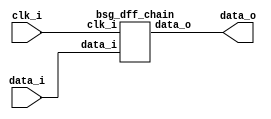


module top
(
  clk_i,
  data_i,
  data_o
);

  input [15:0] data_i;
  output [15:0] data_o;
  input clk_i;

  bsg_dff_chain
  wrapper
  (
    .data_i(data_i),
    .data_o(data_o),
    .clk_i(clk_i)
  );


endmodule



module bsg_dff_width_p16
(
  clk_i,
  data_i,
  data_o
);

  input [15:0] data_i;
  output [15:0] data_o;
  input clk_i;
  reg [15:0] data_o;

  always @(posedge clk_i) begin
    if(1'b1) begin
      { data_o[15:0] } <= { data_i[15:0] };
    end 
  end


endmodule



module bsg_dff_chain
(
  clk_i,
  data_i,
  data_o
);

  input [15:0] data_i;
  output [15:0] data_o;
  input clk_i;
  wire [15:0] data_o;
  wire chained_data_delayed_15__15_,chained_data_delayed_15__14_,
  chained_data_delayed_15__13_,chained_data_delayed_15__12_,chained_data_delayed_15__11_,
  chained_data_delayed_15__10_,chained_data_delayed_15__9_,chained_data_delayed_15__8_,
  chained_data_delayed_15__7_,chained_data_delayed_15__6_,chained_data_delayed_15__5_,
  chained_data_delayed_15__4_,chained_data_delayed_15__3_,chained_data_delayed_15__2_,
  chained_data_delayed_15__1_,chained_data_delayed_15__0_,
  chained_data_delayed_14__15_,chained_data_delayed_14__14_,chained_data_delayed_14__13_,
  chained_data_delayed_14__12_,chained_data_delayed_14__11_,chained_data_delayed_14__10_,
  chained_data_delayed_14__9_,chained_data_delayed_14__8_,chained_data_delayed_14__7_,
  chained_data_delayed_14__6_,chained_data_delayed_14__5_,chained_data_delayed_14__4_,
  chained_data_delayed_14__3_,chained_data_delayed_14__2_,chained_data_delayed_14__1_,
  chained_data_delayed_14__0_,chained_data_delayed_13__15_,
  chained_data_delayed_13__14_,chained_data_delayed_13__13_,chained_data_delayed_13__12_,
  chained_data_delayed_13__11_,chained_data_delayed_13__10_,chained_data_delayed_13__9_,
  chained_data_delayed_13__8_,chained_data_delayed_13__7_,chained_data_delayed_13__6_,
  chained_data_delayed_13__5_,chained_data_delayed_13__4_,chained_data_delayed_13__3_,
  chained_data_delayed_13__2_,chained_data_delayed_13__1_,
  chained_data_delayed_13__0_,chained_data_delayed_12__15_,chained_data_delayed_12__14_,
  chained_data_delayed_12__13_,chained_data_delayed_12__12_,chained_data_delayed_12__11_,
  chained_data_delayed_12__10_,chained_data_delayed_12__9_,chained_data_delayed_12__8_,
  chained_data_delayed_12__7_,chained_data_delayed_12__6_,chained_data_delayed_12__5_,
  chained_data_delayed_12__4_,chained_data_delayed_12__3_,chained_data_delayed_12__2_,
  chained_data_delayed_12__1_,chained_data_delayed_12__0_,
  chained_data_delayed_11__15_,chained_data_delayed_11__14_,chained_data_delayed_11__13_,
  chained_data_delayed_11__12_,chained_data_delayed_11__11_,chained_data_delayed_11__10_,
  chained_data_delayed_11__9_,chained_data_delayed_11__8_,chained_data_delayed_11__7_,
  chained_data_delayed_11__6_,chained_data_delayed_11__5_,chained_data_delayed_11__4_,
  chained_data_delayed_11__3_,chained_data_delayed_11__2_,
  chained_data_delayed_11__1_,chained_data_delayed_11__0_,chained_data_delayed_10__15_,
  chained_data_delayed_10__14_,chained_data_delayed_10__13_,chained_data_delayed_10__12_,
  chained_data_delayed_10__11_,chained_data_delayed_10__10_,chained_data_delayed_10__9_,
  chained_data_delayed_10__8_,chained_data_delayed_10__7_,chained_data_delayed_10__6_,
  chained_data_delayed_10__5_,chained_data_delayed_10__4_,chained_data_delayed_10__3_,
  chained_data_delayed_10__2_,chained_data_delayed_10__1_,
  chained_data_delayed_10__0_,chained_data_delayed_9__15_,chained_data_delayed_9__14_,
  chained_data_delayed_9__13_,chained_data_delayed_9__12_,chained_data_delayed_9__11_,
  chained_data_delayed_9__10_,chained_data_delayed_9__9_,chained_data_delayed_9__8_,
  chained_data_delayed_9__7_,chained_data_delayed_9__6_,chained_data_delayed_9__5_,
  chained_data_delayed_9__4_,chained_data_delayed_9__3_,chained_data_delayed_9__2_,
  chained_data_delayed_9__1_,chained_data_delayed_9__0_,chained_data_delayed_8__15_,
  chained_data_delayed_8__14_,chained_data_delayed_8__13_,chained_data_delayed_8__12_,
  chained_data_delayed_8__11_,chained_data_delayed_8__10_,chained_data_delayed_8__9_,
  chained_data_delayed_8__8_,chained_data_delayed_8__7_,chained_data_delayed_8__6_,
  chained_data_delayed_8__5_,chained_data_delayed_8__4_,chained_data_delayed_8__3_,
  chained_data_delayed_8__2_,chained_data_delayed_8__1_,chained_data_delayed_8__0_,
  chained_data_delayed_7__15_,chained_data_delayed_7__14_,
  chained_data_delayed_7__13_,chained_data_delayed_7__12_,chained_data_delayed_7__11_,
  chained_data_delayed_7__10_,chained_data_delayed_7__9_,chained_data_delayed_7__8_,
  chained_data_delayed_7__7_,chained_data_delayed_7__6_,chained_data_delayed_7__5_,
  chained_data_delayed_7__4_,chained_data_delayed_7__3_,chained_data_delayed_7__2_,
  chained_data_delayed_7__1_,chained_data_delayed_7__0_,chained_data_delayed_6__15_,
  chained_data_delayed_6__14_,chained_data_delayed_6__13_,chained_data_delayed_6__12_,
  chained_data_delayed_6__11_,chained_data_delayed_6__10_,chained_data_delayed_6__9_,
  chained_data_delayed_6__8_,chained_data_delayed_6__7_,chained_data_delayed_6__6_,
  chained_data_delayed_6__5_,chained_data_delayed_6__4_,chained_data_delayed_6__3_,
  chained_data_delayed_6__2_,chained_data_delayed_6__1_,chained_data_delayed_6__0_,
  chained_data_delayed_5__15_,chained_data_delayed_5__14_,chained_data_delayed_5__13_,
  chained_data_delayed_5__12_,chained_data_delayed_5__11_,
  chained_data_delayed_5__10_,chained_data_delayed_5__9_,chained_data_delayed_5__8_,
  chained_data_delayed_5__7_,chained_data_delayed_5__6_,chained_data_delayed_5__5_,
  chained_data_delayed_5__4_,chained_data_delayed_5__3_,chained_data_delayed_5__2_,
  chained_data_delayed_5__1_,chained_data_delayed_5__0_,chained_data_delayed_4__15_,
  chained_data_delayed_4__14_,chained_data_delayed_4__13_,chained_data_delayed_4__12_,
  chained_data_delayed_4__11_,chained_data_delayed_4__10_,chained_data_delayed_4__9_,
  chained_data_delayed_4__8_,chained_data_delayed_4__7_,chained_data_delayed_4__6_,
  chained_data_delayed_4__5_,chained_data_delayed_4__4_,chained_data_delayed_4__3_,
  chained_data_delayed_4__2_,chained_data_delayed_4__1_,chained_data_delayed_4__0_,
  chained_data_delayed_3__15_,chained_data_delayed_3__14_,chained_data_delayed_3__13_,
  chained_data_delayed_3__12_,chained_data_delayed_3__11_,chained_data_delayed_3__10_,
  chained_data_delayed_3__9_,chained_data_delayed_3__8_,
  chained_data_delayed_3__7_,chained_data_delayed_3__6_,chained_data_delayed_3__5_,
  chained_data_delayed_3__4_,chained_data_delayed_3__3_,chained_data_delayed_3__2_,
  chained_data_delayed_3__1_,chained_data_delayed_3__0_,chained_data_delayed_2__15_,
  chained_data_delayed_2__14_,chained_data_delayed_2__13_,chained_data_delayed_2__12_,
  chained_data_delayed_2__11_,chained_data_delayed_2__10_,chained_data_delayed_2__9_,
  chained_data_delayed_2__8_,chained_data_delayed_2__7_,chained_data_delayed_2__6_,
  chained_data_delayed_2__5_,chained_data_delayed_2__4_,chained_data_delayed_2__3_,
  chained_data_delayed_2__2_,chained_data_delayed_2__1_,chained_data_delayed_2__0_,
  chained_data_delayed_1__15_,chained_data_delayed_1__14_,chained_data_delayed_1__13_,
  chained_data_delayed_1__12_,chained_data_delayed_1__11_,chained_data_delayed_1__10_,
  chained_data_delayed_1__9_,chained_data_delayed_1__8_,chained_data_delayed_1__7_,
  chained_data_delayed_1__6_,chained_data_delayed_1__5_,chained_data_delayed_1__4_,
  chained_data_delayed_1__3_,chained_data_delayed_1__2_,chained_data_delayed_1__1_,
  chained_data_delayed_1__0_;

  bsg_dff_width_p16
  chained_genblk1_1__ch_reg
  (
    .clk_i(clk_i),
    .data_i(data_i),
    .data_o({ chained_data_delayed_1__15_, chained_data_delayed_1__14_, chained_data_delayed_1__13_, chained_data_delayed_1__12_, chained_data_delayed_1__11_, chained_data_delayed_1__10_, chained_data_delayed_1__9_, chained_data_delayed_1__8_, chained_data_delayed_1__7_, chained_data_delayed_1__6_, chained_data_delayed_1__5_, chained_data_delayed_1__4_, chained_data_delayed_1__3_, chained_data_delayed_1__2_, chained_data_delayed_1__1_, chained_data_delayed_1__0_ })
  );


  bsg_dff_width_p16
  chained_genblk1_2__ch_reg
  (
    .clk_i(clk_i),
    .data_i({ chained_data_delayed_1__15_, chained_data_delayed_1__14_, chained_data_delayed_1__13_, chained_data_delayed_1__12_, chained_data_delayed_1__11_, chained_data_delayed_1__10_, chained_data_delayed_1__9_, chained_data_delayed_1__8_, chained_data_delayed_1__7_, chained_data_delayed_1__6_, chained_data_delayed_1__5_, chained_data_delayed_1__4_, chained_data_delayed_1__3_, chained_data_delayed_1__2_, chained_data_delayed_1__1_, chained_data_delayed_1__0_ }),
    .data_o({ chained_data_delayed_2__15_, chained_data_delayed_2__14_, chained_data_delayed_2__13_, chained_data_delayed_2__12_, chained_data_delayed_2__11_, chained_data_delayed_2__10_, chained_data_delayed_2__9_, chained_data_delayed_2__8_, chained_data_delayed_2__7_, chained_data_delayed_2__6_, chained_data_delayed_2__5_, chained_data_delayed_2__4_, chained_data_delayed_2__3_, chained_data_delayed_2__2_, chained_data_delayed_2__1_, chained_data_delayed_2__0_ })
  );


  bsg_dff_width_p16
  chained_genblk1_3__ch_reg
  (
    .clk_i(clk_i),
    .data_i({ chained_data_delayed_2__15_, chained_data_delayed_2__14_, chained_data_delayed_2__13_, chained_data_delayed_2__12_, chained_data_delayed_2__11_, chained_data_delayed_2__10_, chained_data_delayed_2__9_, chained_data_delayed_2__8_, chained_data_delayed_2__7_, chained_data_delayed_2__6_, chained_data_delayed_2__5_, chained_data_delayed_2__4_, chained_data_delayed_2__3_, chained_data_delayed_2__2_, chained_data_delayed_2__1_, chained_data_delayed_2__0_ }),
    .data_o({ chained_data_delayed_3__15_, chained_data_delayed_3__14_, chained_data_delayed_3__13_, chained_data_delayed_3__12_, chained_data_delayed_3__11_, chained_data_delayed_3__10_, chained_data_delayed_3__9_, chained_data_delayed_3__8_, chained_data_delayed_3__7_, chained_data_delayed_3__6_, chained_data_delayed_3__5_, chained_data_delayed_3__4_, chained_data_delayed_3__3_, chained_data_delayed_3__2_, chained_data_delayed_3__1_, chained_data_delayed_3__0_ })
  );


  bsg_dff_width_p16
  chained_genblk1_4__ch_reg
  (
    .clk_i(clk_i),
    .data_i({ chained_data_delayed_3__15_, chained_data_delayed_3__14_, chained_data_delayed_3__13_, chained_data_delayed_3__12_, chained_data_delayed_3__11_, chained_data_delayed_3__10_, chained_data_delayed_3__9_, chained_data_delayed_3__8_, chained_data_delayed_3__7_, chained_data_delayed_3__6_, chained_data_delayed_3__5_, chained_data_delayed_3__4_, chained_data_delayed_3__3_, chained_data_delayed_3__2_, chained_data_delayed_3__1_, chained_data_delayed_3__0_ }),
    .data_o({ chained_data_delayed_4__15_, chained_data_delayed_4__14_, chained_data_delayed_4__13_, chained_data_delayed_4__12_, chained_data_delayed_4__11_, chained_data_delayed_4__10_, chained_data_delayed_4__9_, chained_data_delayed_4__8_, chained_data_delayed_4__7_, chained_data_delayed_4__6_, chained_data_delayed_4__5_, chained_data_delayed_4__4_, chained_data_delayed_4__3_, chained_data_delayed_4__2_, chained_data_delayed_4__1_, chained_data_delayed_4__0_ })
  );


  bsg_dff_width_p16
  chained_genblk1_5__ch_reg
  (
    .clk_i(clk_i),
    .data_i({ chained_data_delayed_4__15_, chained_data_delayed_4__14_, chained_data_delayed_4__13_, chained_data_delayed_4__12_, chained_data_delayed_4__11_, chained_data_delayed_4__10_, chained_data_delayed_4__9_, chained_data_delayed_4__8_, chained_data_delayed_4__7_, chained_data_delayed_4__6_, chained_data_delayed_4__5_, chained_data_delayed_4__4_, chained_data_delayed_4__3_, chained_data_delayed_4__2_, chained_data_delayed_4__1_, chained_data_delayed_4__0_ }),
    .data_o({ chained_data_delayed_5__15_, chained_data_delayed_5__14_, chained_data_delayed_5__13_, chained_data_delayed_5__12_, chained_data_delayed_5__11_, chained_data_delayed_5__10_, chained_data_delayed_5__9_, chained_data_delayed_5__8_, chained_data_delayed_5__7_, chained_data_delayed_5__6_, chained_data_delayed_5__5_, chained_data_delayed_5__4_, chained_data_delayed_5__3_, chained_data_delayed_5__2_, chained_data_delayed_5__1_, chained_data_delayed_5__0_ })
  );


  bsg_dff_width_p16
  chained_genblk1_6__ch_reg
  (
    .clk_i(clk_i),
    .data_i({ chained_data_delayed_5__15_, chained_data_delayed_5__14_, chained_data_delayed_5__13_, chained_data_delayed_5__12_, chained_data_delayed_5__11_, chained_data_delayed_5__10_, chained_data_delayed_5__9_, chained_data_delayed_5__8_, chained_data_delayed_5__7_, chained_data_delayed_5__6_, chained_data_delayed_5__5_, chained_data_delayed_5__4_, chained_data_delayed_5__3_, chained_data_delayed_5__2_, chained_data_delayed_5__1_, chained_data_delayed_5__0_ }),
    .data_o({ chained_data_delayed_6__15_, chained_data_delayed_6__14_, chained_data_delayed_6__13_, chained_data_delayed_6__12_, chained_data_delayed_6__11_, chained_data_delayed_6__10_, chained_data_delayed_6__9_, chained_data_delayed_6__8_, chained_data_delayed_6__7_, chained_data_delayed_6__6_, chained_data_delayed_6__5_, chained_data_delayed_6__4_, chained_data_delayed_6__3_, chained_data_delayed_6__2_, chained_data_delayed_6__1_, chained_data_delayed_6__0_ })
  );


  bsg_dff_width_p16
  chained_genblk1_7__ch_reg
  (
    .clk_i(clk_i),
    .data_i({ chained_data_delayed_6__15_, chained_data_delayed_6__14_, chained_data_delayed_6__13_, chained_data_delayed_6__12_, chained_data_delayed_6__11_, chained_data_delayed_6__10_, chained_data_delayed_6__9_, chained_data_delayed_6__8_, chained_data_delayed_6__7_, chained_data_delayed_6__6_, chained_data_delayed_6__5_, chained_data_delayed_6__4_, chained_data_delayed_6__3_, chained_data_delayed_6__2_, chained_data_delayed_6__1_, chained_data_delayed_6__0_ }),
    .data_o({ chained_data_delayed_7__15_, chained_data_delayed_7__14_, chained_data_delayed_7__13_, chained_data_delayed_7__12_, chained_data_delayed_7__11_, chained_data_delayed_7__10_, chained_data_delayed_7__9_, chained_data_delayed_7__8_, chained_data_delayed_7__7_, chained_data_delayed_7__6_, chained_data_delayed_7__5_, chained_data_delayed_7__4_, chained_data_delayed_7__3_, chained_data_delayed_7__2_, chained_data_delayed_7__1_, chained_data_delayed_7__0_ })
  );


  bsg_dff_width_p16
  chained_genblk1_8__ch_reg
  (
    .clk_i(clk_i),
    .data_i({ chained_data_delayed_7__15_, chained_data_delayed_7__14_, chained_data_delayed_7__13_, chained_data_delayed_7__12_, chained_data_delayed_7__11_, chained_data_delayed_7__10_, chained_data_delayed_7__9_, chained_data_delayed_7__8_, chained_data_delayed_7__7_, chained_data_delayed_7__6_, chained_data_delayed_7__5_, chained_data_delayed_7__4_, chained_data_delayed_7__3_, chained_data_delayed_7__2_, chained_data_delayed_7__1_, chained_data_delayed_7__0_ }),
    .data_o({ chained_data_delayed_8__15_, chained_data_delayed_8__14_, chained_data_delayed_8__13_, chained_data_delayed_8__12_, chained_data_delayed_8__11_, chained_data_delayed_8__10_, chained_data_delayed_8__9_, chained_data_delayed_8__8_, chained_data_delayed_8__7_, chained_data_delayed_8__6_, chained_data_delayed_8__5_, chained_data_delayed_8__4_, chained_data_delayed_8__3_, chained_data_delayed_8__2_, chained_data_delayed_8__1_, chained_data_delayed_8__0_ })
  );


  bsg_dff_width_p16
  chained_genblk1_9__ch_reg
  (
    .clk_i(clk_i),
    .data_i({ chained_data_delayed_8__15_, chained_data_delayed_8__14_, chained_data_delayed_8__13_, chained_data_delayed_8__12_, chained_data_delayed_8__11_, chained_data_delayed_8__10_, chained_data_delayed_8__9_, chained_data_delayed_8__8_, chained_data_delayed_8__7_, chained_data_delayed_8__6_, chained_data_delayed_8__5_, chained_data_delayed_8__4_, chained_data_delayed_8__3_, chained_data_delayed_8__2_, chained_data_delayed_8__1_, chained_data_delayed_8__0_ }),
    .data_o({ chained_data_delayed_9__15_, chained_data_delayed_9__14_, chained_data_delayed_9__13_, chained_data_delayed_9__12_, chained_data_delayed_9__11_, chained_data_delayed_9__10_, chained_data_delayed_9__9_, chained_data_delayed_9__8_, chained_data_delayed_9__7_, chained_data_delayed_9__6_, chained_data_delayed_9__5_, chained_data_delayed_9__4_, chained_data_delayed_9__3_, chained_data_delayed_9__2_, chained_data_delayed_9__1_, chained_data_delayed_9__0_ })
  );


  bsg_dff_width_p16
  chained_genblk1_10__ch_reg
  (
    .clk_i(clk_i),
    .data_i({ chained_data_delayed_9__15_, chained_data_delayed_9__14_, chained_data_delayed_9__13_, chained_data_delayed_9__12_, chained_data_delayed_9__11_, chained_data_delayed_9__10_, chained_data_delayed_9__9_, chained_data_delayed_9__8_, chained_data_delayed_9__7_, chained_data_delayed_9__6_, chained_data_delayed_9__5_, chained_data_delayed_9__4_, chained_data_delayed_9__3_, chained_data_delayed_9__2_, chained_data_delayed_9__1_, chained_data_delayed_9__0_ }),
    .data_o({ chained_data_delayed_10__15_, chained_data_delayed_10__14_, chained_data_delayed_10__13_, chained_data_delayed_10__12_, chained_data_delayed_10__11_, chained_data_delayed_10__10_, chained_data_delayed_10__9_, chained_data_delayed_10__8_, chained_data_delayed_10__7_, chained_data_delayed_10__6_, chained_data_delayed_10__5_, chained_data_delayed_10__4_, chained_data_delayed_10__3_, chained_data_delayed_10__2_, chained_data_delayed_10__1_, chained_data_delayed_10__0_ })
  );


  bsg_dff_width_p16
  chained_genblk1_11__ch_reg
  (
    .clk_i(clk_i),
    .data_i({ chained_data_delayed_10__15_, chained_data_delayed_10__14_, chained_data_delayed_10__13_, chained_data_delayed_10__12_, chained_data_delayed_10__11_, chained_data_delayed_10__10_, chained_data_delayed_10__9_, chained_data_delayed_10__8_, chained_data_delayed_10__7_, chained_data_delayed_10__6_, chained_data_delayed_10__5_, chained_data_delayed_10__4_, chained_data_delayed_10__3_, chained_data_delayed_10__2_, chained_data_delayed_10__1_, chained_data_delayed_10__0_ }),
    .data_o({ chained_data_delayed_11__15_, chained_data_delayed_11__14_, chained_data_delayed_11__13_, chained_data_delayed_11__12_, chained_data_delayed_11__11_, chained_data_delayed_11__10_, chained_data_delayed_11__9_, chained_data_delayed_11__8_, chained_data_delayed_11__7_, chained_data_delayed_11__6_, chained_data_delayed_11__5_, chained_data_delayed_11__4_, chained_data_delayed_11__3_, chained_data_delayed_11__2_, chained_data_delayed_11__1_, chained_data_delayed_11__0_ })
  );


  bsg_dff_width_p16
  chained_genblk1_12__ch_reg
  (
    .clk_i(clk_i),
    .data_i({ chained_data_delayed_11__15_, chained_data_delayed_11__14_, chained_data_delayed_11__13_, chained_data_delayed_11__12_, chained_data_delayed_11__11_, chained_data_delayed_11__10_, chained_data_delayed_11__9_, chained_data_delayed_11__8_, chained_data_delayed_11__7_, chained_data_delayed_11__6_, chained_data_delayed_11__5_, chained_data_delayed_11__4_, chained_data_delayed_11__3_, chained_data_delayed_11__2_, chained_data_delayed_11__1_, chained_data_delayed_11__0_ }),
    .data_o({ chained_data_delayed_12__15_, chained_data_delayed_12__14_, chained_data_delayed_12__13_, chained_data_delayed_12__12_, chained_data_delayed_12__11_, chained_data_delayed_12__10_, chained_data_delayed_12__9_, chained_data_delayed_12__8_, chained_data_delayed_12__7_, chained_data_delayed_12__6_, chained_data_delayed_12__5_, chained_data_delayed_12__4_, chained_data_delayed_12__3_, chained_data_delayed_12__2_, chained_data_delayed_12__1_, chained_data_delayed_12__0_ })
  );


  bsg_dff_width_p16
  chained_genblk1_13__ch_reg
  (
    .clk_i(clk_i),
    .data_i({ chained_data_delayed_12__15_, chained_data_delayed_12__14_, chained_data_delayed_12__13_, chained_data_delayed_12__12_, chained_data_delayed_12__11_, chained_data_delayed_12__10_, chained_data_delayed_12__9_, chained_data_delayed_12__8_, chained_data_delayed_12__7_, chained_data_delayed_12__6_, chained_data_delayed_12__5_, chained_data_delayed_12__4_, chained_data_delayed_12__3_, chained_data_delayed_12__2_, chained_data_delayed_12__1_, chained_data_delayed_12__0_ }),
    .data_o({ chained_data_delayed_13__15_, chained_data_delayed_13__14_, chained_data_delayed_13__13_, chained_data_delayed_13__12_, chained_data_delayed_13__11_, chained_data_delayed_13__10_, chained_data_delayed_13__9_, chained_data_delayed_13__8_, chained_data_delayed_13__7_, chained_data_delayed_13__6_, chained_data_delayed_13__5_, chained_data_delayed_13__4_, chained_data_delayed_13__3_, chained_data_delayed_13__2_, chained_data_delayed_13__1_, chained_data_delayed_13__0_ })
  );


  bsg_dff_width_p16
  chained_genblk1_14__ch_reg
  (
    .clk_i(clk_i),
    .data_i({ chained_data_delayed_13__15_, chained_data_delayed_13__14_, chained_data_delayed_13__13_, chained_data_delayed_13__12_, chained_data_delayed_13__11_, chained_data_delayed_13__10_, chained_data_delayed_13__9_, chained_data_delayed_13__8_, chained_data_delayed_13__7_, chained_data_delayed_13__6_, chained_data_delayed_13__5_, chained_data_delayed_13__4_, chained_data_delayed_13__3_, chained_data_delayed_13__2_, chained_data_delayed_13__1_, chained_data_delayed_13__0_ }),
    .data_o({ chained_data_delayed_14__15_, chained_data_delayed_14__14_, chained_data_delayed_14__13_, chained_data_delayed_14__12_, chained_data_delayed_14__11_, chained_data_delayed_14__10_, chained_data_delayed_14__9_, chained_data_delayed_14__8_, chained_data_delayed_14__7_, chained_data_delayed_14__6_, chained_data_delayed_14__5_, chained_data_delayed_14__4_, chained_data_delayed_14__3_, chained_data_delayed_14__2_, chained_data_delayed_14__1_, chained_data_delayed_14__0_ })
  );


  bsg_dff_width_p16
  chained_genblk1_15__ch_reg
  (
    .clk_i(clk_i),
    .data_i({ chained_data_delayed_14__15_, chained_data_delayed_14__14_, chained_data_delayed_14__13_, chained_data_delayed_14__12_, chained_data_delayed_14__11_, chained_data_delayed_14__10_, chained_data_delayed_14__9_, chained_data_delayed_14__8_, chained_data_delayed_14__7_, chained_data_delayed_14__6_, chained_data_delayed_14__5_, chained_data_delayed_14__4_, chained_data_delayed_14__3_, chained_data_delayed_14__2_, chained_data_delayed_14__1_, chained_data_delayed_14__0_ }),
    .data_o({ chained_data_delayed_15__15_, chained_data_delayed_15__14_, chained_data_delayed_15__13_, chained_data_delayed_15__12_, chained_data_delayed_15__11_, chained_data_delayed_15__10_, chained_data_delayed_15__9_, chained_data_delayed_15__8_, chained_data_delayed_15__7_, chained_data_delayed_15__6_, chained_data_delayed_15__5_, chained_data_delayed_15__4_, chained_data_delayed_15__3_, chained_data_delayed_15__2_, chained_data_delayed_15__1_, chained_data_delayed_15__0_ })
  );


  bsg_dff_width_p16
  chained_genblk1_16__ch_reg
  (
    .clk_i(clk_i),
    .data_i({ chained_data_delayed_15__15_, chained_data_delayed_15__14_, chained_data_delayed_15__13_, chained_data_delayed_15__12_, chained_data_delayed_15__11_, chained_data_delayed_15__10_, chained_data_delayed_15__9_, chained_data_delayed_15__8_, chained_data_delayed_15__7_, chained_data_delayed_15__6_, chained_data_delayed_15__5_, chained_data_delayed_15__4_, chained_data_delayed_15__3_, chained_data_delayed_15__2_, chained_data_delayed_15__1_, chained_data_delayed_15__0_ }),
    .data_o(data_o)
  );


endmodule